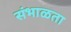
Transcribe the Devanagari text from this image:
संभाळता